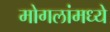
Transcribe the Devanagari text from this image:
मोगलांमध्ये